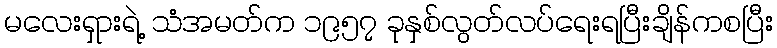
မလေးရှားရဲ့ သံအမတ်က ၁၉၅၇ ခုနှစ်လွတ်လပ်ရေးရပြီးချိန်ကစပြီး